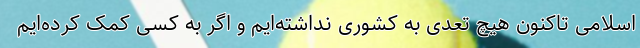
اسلامی تاکنون هیچ تعدی به کشوری نداشته‌ایم و اگر به کسی کمک کرده‌ایم